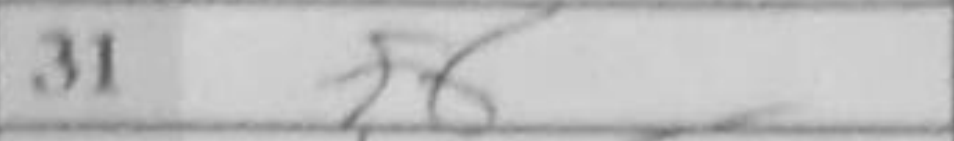
Transcription: f6